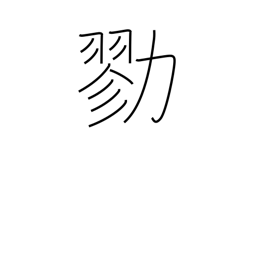
Meaning: join forces